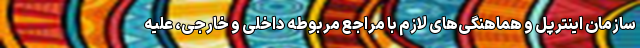
سازمان اینترپل و هماهنگی‌های لازم با مراجع مربوطه داخلی و خارجی، علیه